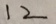
1 2